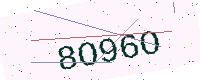
Text: 8O96O